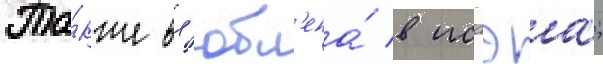
Та́кже вл'юбл'ена́ в иссэа;